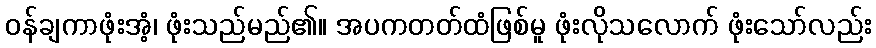
ဝန်ချကာဖုံးအံ့၊ ဖုံးသည်မည်၏။ အပကတတ်ထံဖြစ်မူ ဖုံးလိုသလောက် ဖုံးသော်လည်း